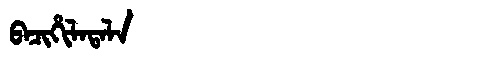
Manchu: ᠪᠠᠴᡳᡥᡳᠯᠠᡨᠠᠯᠠ
Romanization: BACIHILATALA